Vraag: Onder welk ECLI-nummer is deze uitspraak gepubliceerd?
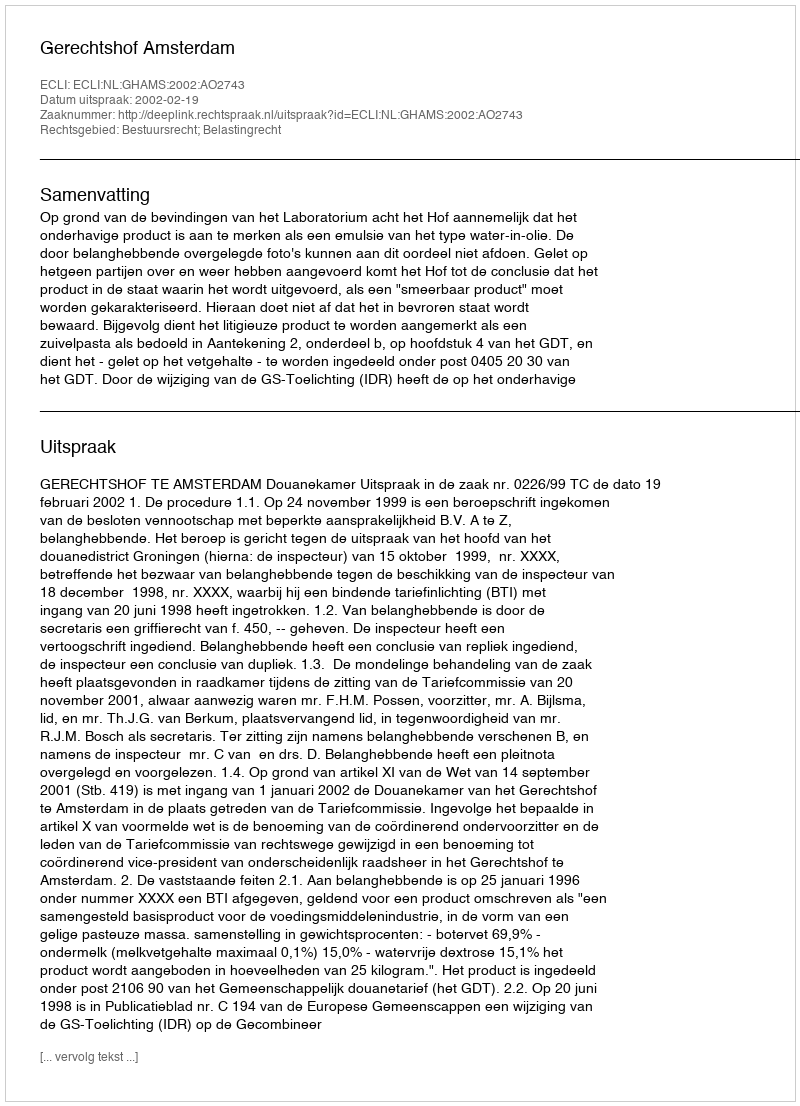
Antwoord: ECLI:NL:GHAMS:2002:AO2743